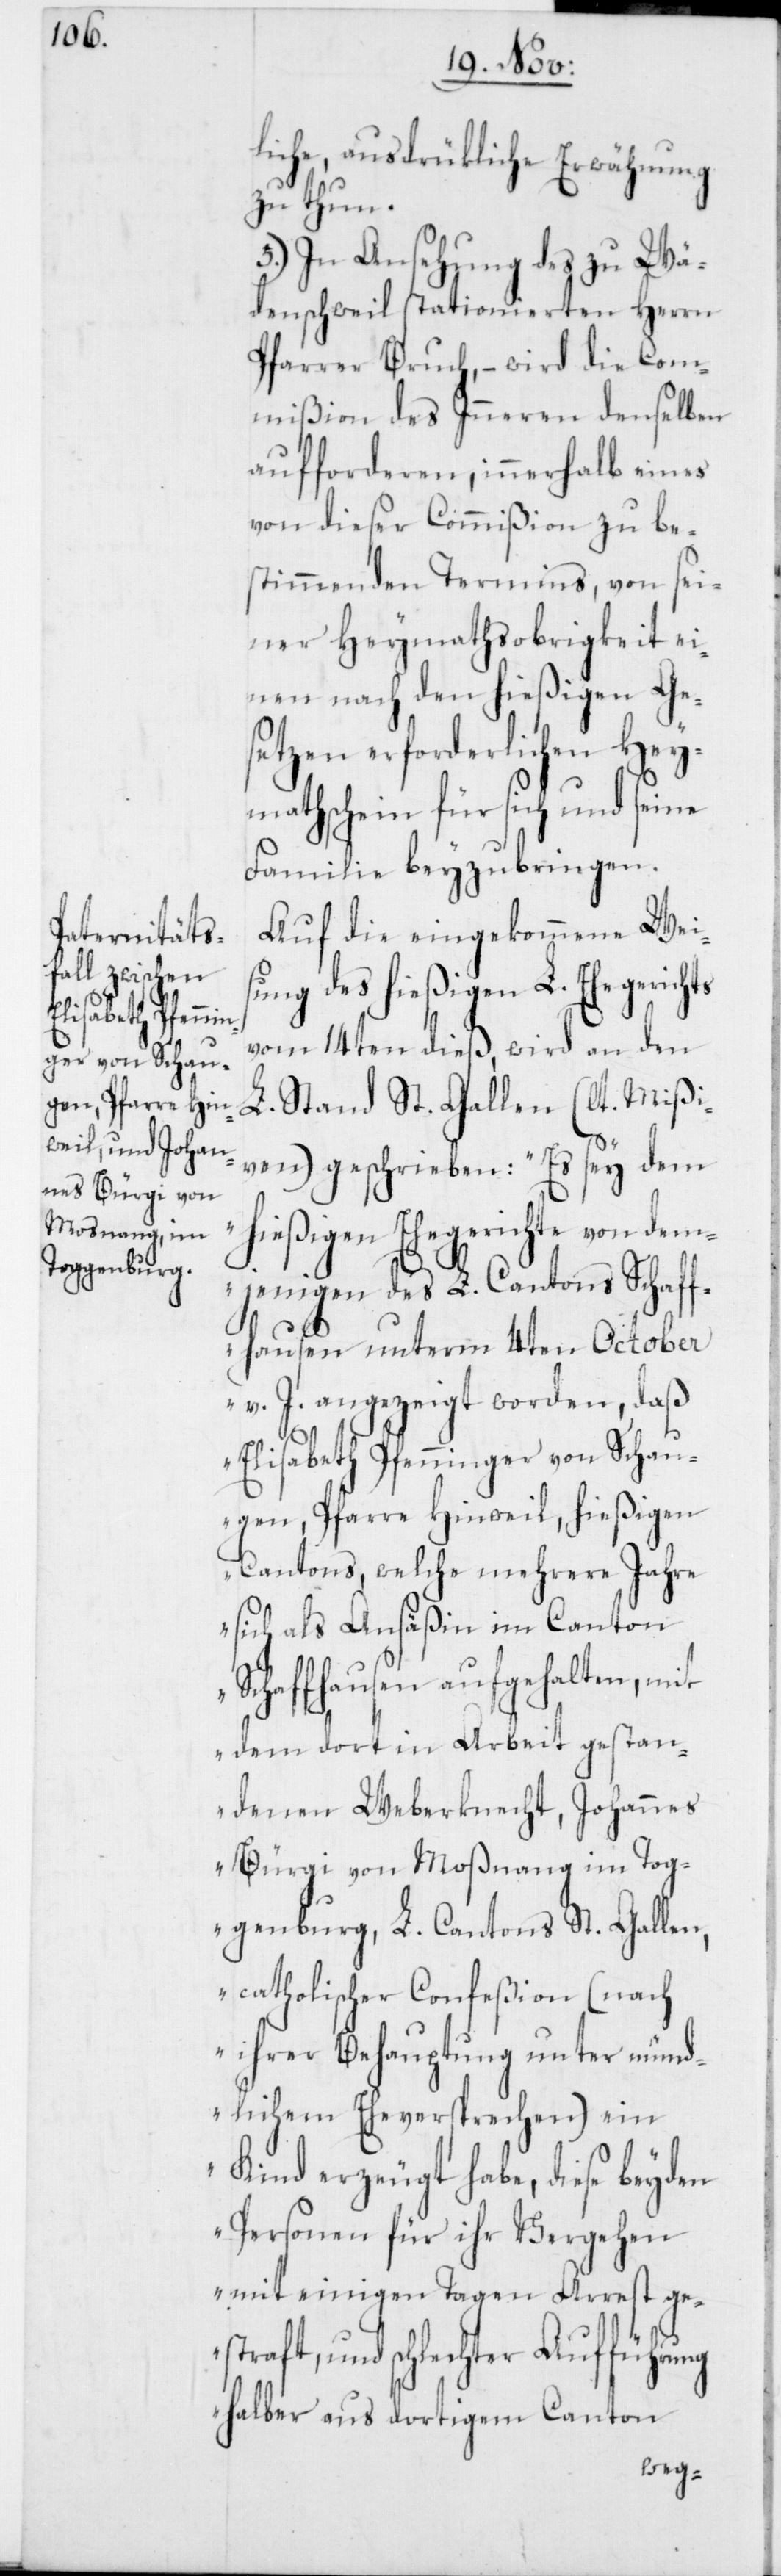
liche, ausdrüklich Erwähnung
zu thun.
5.) In Ansehung des zu Wä¬
denswil stationierten Herrn
Pfarrer Bruch, – wird die Com¬
mißion des Inneren denselben
aufforderen, innerhalb eines
von dieser Commißion zu be¬
stimmenden Termins, von sei¬
ner Heymathsobrigkeit ei¬
nen nach den hießigen Ge¬
setzen erforderlichen Hey¬
mathschein für sich und seine
Familie beyzubringen.
Auf die eingekommene Wei¬
sung des hießigen L. Ehegerichts
vom 14ten dieß, wird an den
L. Stand St. Gallen (laut Mißi¬
ven) geschrieben: „Es sey dem
hießigen Ehegerichte von dem¬
jenigen des L. Cantons Schaff¬
hausen unterm 4ten October
v. J. angezeigt worden, daß
Elisabeth Pfenninger von Schau¬
gen, Pfarre Hinweil, hießigen
Cantons, welche mehrere Jahre
sich als Ansäßin im Canton
Schaffhausen aufgehalten, mit
dem dort in Arbeit gestan¬
denen Weberknecht, Johannes
Bürgi von Moßnang im Tog¬
genburg, L. Cantons St. Gallen,
catholischer Confeßion (nach
ihrer Behauptung unter münd¬
lichem Eheversprechen) ein
Kind erzeugt habe, diese beyden
Personen für ihr Vergehen
mit einigen Tagen Arrest ge¬
straft, und schlechter Aufführung
halber aus dortigem Canton